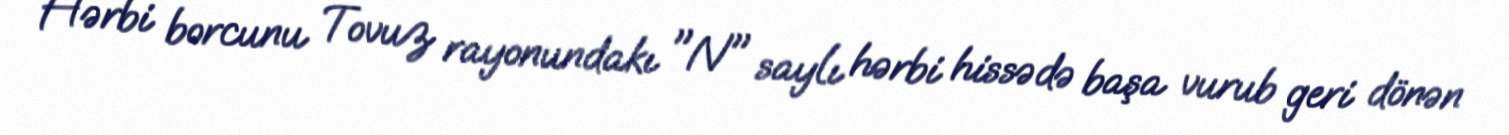
Hərbi borcunu Tovuz rayonundakı "N" saylı hərbi hissədə başa vurub geri dönən